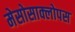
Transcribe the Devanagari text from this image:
मेसोसाक्लोपस